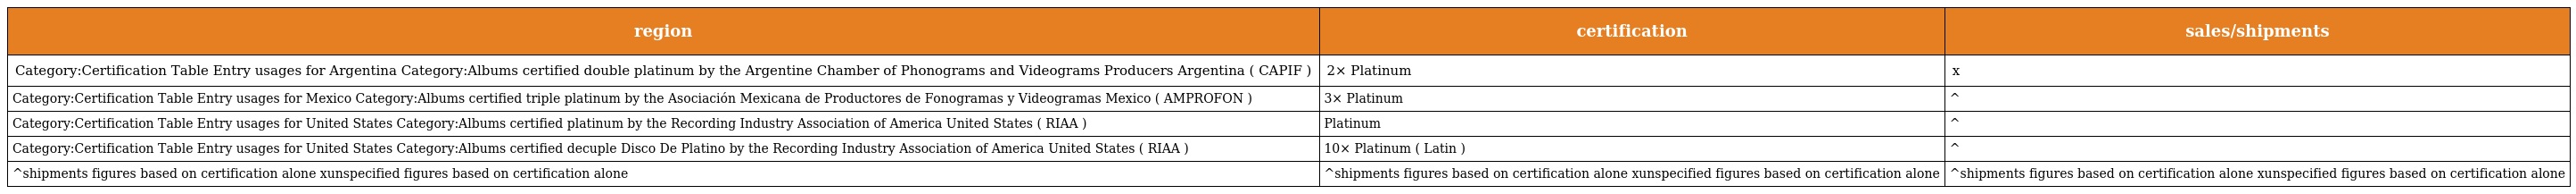
| region | certification | sales/shipments |
 | --- | --- | --- |
 | Category:Certification Table Entry usages for Argentina Category:Albums certified double platinum by the Argentine Chamber of Phonograms and Videograms Producers Argentina ( CAPIF ) | 2× Platinum | x |
 | Category:Certification Table Entry usages for Mexico Category:Albums certified triple platinum by the Asociación Mexicana de Productores de Fonogramas y Videogramas Mexico ( AMPROFON ) | 3× Platinum | ^ |
 | Category:Certification Table Entry usages for United States Category:Albums certified platinum by the Recording Industry Association of America United States ( RIAA ) | Platinum | ^ |
 | Category:Certification Table Entry usages for United States Category:Albums certified decuple Disco De Platino by the Recording Industry Association of America United States ( RIAA ) | 10× Platinum ( Latin ) | ^ |
 | ^shipments figures based on certification alone xunspecified figures based on certification alone | ^shipments figures based on certification alone xunspecified figures based on certification alone | ^shipments figures based on certification alone xunspecified figures based on certification alone |